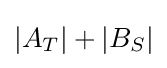
|A_{T}|+|B_{S}|